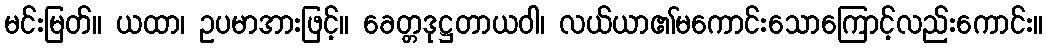
မင်းမြတ်။ ယထာ၊ ဥပမာအားဖြင့်။ ခေတ္တဒုဋ္ဌတာယဝါ၊ လယ်ယာ၏မကောင်းသောကြောင့်လည်းကောင်း။